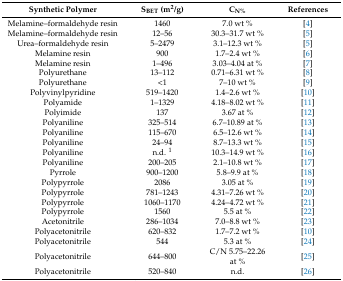
<table><thead><tr><td><b>Synthetic Polymer</b></td><td><b>S<sub>BET</sub> (m<sup>2</sup>/g)</b></td><td><b>C<sub>N%</sub></b></td><td><b>References</b></td></tr></thead><tbody><tr><td>Melamine–formaldehyde resin</td><td>1460</td><td>7.0 wt %</td><td>[4]</td></tr><tr><td>Melamine–formaldehyde resin</td><td>12–56</td><td>30.3–31.7 wt %</td><td>[5]</td></tr><tr><td>Urea–formaldehyde resin</td><td>5–2479</td><td>3.1–12.3 wt %</td><td>[5]</td></tr><tr><td>Melamine resin</td><td>900</td><td>1.7–2.4 wt %</td><td>[6]</td></tr><tr><td>Melamine resin</td><td>1–496</td><td>3.03–4.04 at %</td><td>[7]</td></tr><tr><td>Polyurethane</td><td>13–112</td><td>0.71–6.31 wt %</td><td>[8]</td></tr><tr><td>Polyurethane</td><td>&lt;1</td><td>7–10 wt %</td><td>[9]</td></tr><tr><td>Polyvinylpyridine</td><td>519–1420</td><td>1.4–2.6 wt %</td><td>[10]</td></tr><tr><td>Polyamide</td><td>1–1329</td><td>4.18–8.02 wt %</td><td>[11]</td></tr><tr><td>Polyimide</td><td>137</td><td>3.67 at %</td><td>[12]</td></tr><tr><td>Polyaniline</td><td>325–514</td><td>6.7–10.89 at %</td><td>[13]</td></tr><tr><td>Polyaniline</td><td>115–670</td><td>6.5–12.6 wt %</td><td>[14]</td></tr><tr><td>Polyaniline</td><td>24–94</td><td>8.7–13.3 wt %</td><td>[15]</td></tr><tr><td>Polyaniline</td><td>n.d. <sup>1</sup></td><td>10.3–14.9 wt %</td><td>[16]</td></tr><tr><td>Polyaniline</td><td>200–205</td><td>2.1–10.8 wt %</td><td>[17]</td></tr><tr><td>Pyrrole</td><td>900–1200</td><td>5.8–9.9 at %</td><td>[18]</td></tr><tr><td>Polypyrrole</td><td>2086</td><td>3.05 at %</td><td>[19]</td></tr><tr><td>Polypyrrole</td><td>781–1243</td><td>4.31–7.26 wt %</td><td>[20]</td></tr><tr><td>Polypyrrole</td><td>1060–1170</td><td>4.24–4.72 wt %</td><td>[21]</td></tr><tr><td>Polypyrrole</td><td>1560</td><td>5.5 at %</td><td>[22]</td></tr><tr><td>Acetonitrile</td><td>286–1034</td><td>7.0–8.8 wt %</td><td>[23]</td></tr><tr><td>Polyacetonitrile</td><td>620–832</td><td>1.7–7.2 wt %</td><td>[10]</td></tr><tr><td>Polyacetonitrile</td><td>544</td><td>5.3 at %</td><td>[24]</td></tr><tr><td>Polyacetonitrile</td><td>644–800</td><td>C/N 5.75–22.26 at %</td><td>[25]</td></tr><tr><td>Polyacetonitrile</td><td>520–840</td><td>n.d.</td><td>[26]</td></tr></tbody></table>